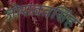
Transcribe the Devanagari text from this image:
जोरावतसिंह